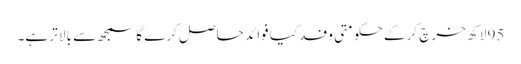
95 لاکھ خرچ کر کے حکومتی وفد کیا فوائد حاصل کرے گا سمجھ سے بالا تر ہے۔